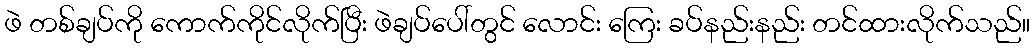
ဖဲ တစ်ချပ်ကို ကောက်ကိုင်လိုက်ပြီး ဖဲချပ်ပေါ်တွင် လောင်း ကြေး ခပ်နည်းနည်း တင်ထားလိုက်သည်။